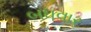
બધવાર